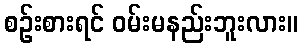
စဉ်းစားရင် ဝမ်းမနည်းဘူးလား။